system: You are a helpful assistant.
user:
Analyze the provided spectrum to determine if it is a **White Dwarf (WD)**.

A White Dwarf spectrum is defined by its **extreme purity** (due to gravitational settling) and/or **extreme pressure broadening** (due to high surface gravity). You must check for one of the following mutually exclusive signatures:

- **Key Visual Indicators (Check for ONE of these types):**

    - **1. DA-Type Signature (Most Common):**
        - **(Primary Feature):** Extreme pressure broadening (Stark broadening) of the **Hydrogen (H) Balmer lines**.
        - **(Key Lines):** $H\beta$ (approx. $4861$ Å) and $H\gamma$ (approx. $4340$ Å). $H\alpha$ (approx. $6563$ Å) will also be present if the wavelength range covers it.
        - **(Line Profile):** This is the **defining feature**. The lines are **NOT** sharp. They appear as massive, **extremely broad and deep "troughs" or "dips"** in the spectrum, often hundreds of Ångströms wide. The continuum will appear to "scoop" down at these wavelengths.
        - **(Distinction):** Normal A-type or B-type stars have *narrow* and *sharp* Hydrogen lines. A DA White Dwarf's lines are unmistakably "smeared" or "blurry" from pressure.

    - **2. DB-Type Signature:**
        - **(Primary Feature):** Broad absorption lines from **Neutral Helium (He I)**. The spectrum must lack any visible Hydrogen lines.
        - **(Key Lines):** Look for broad absorption near $4471$ Å, $4921$ Å, and $5876$ Å.
        - **(Line Profile):** These lines are also significantly pressure-broadened, appearing much wider than they would in a normal B-type main-sequence star.

    - **3. DC-Type Signature:**
        - **(Primary Feature):** A **featureless continuous spectrum**.
        - **(Line Profile):** The spectrum is a smooth curve with **no significant absorption or emission lines**.
        - **(Key Confirmation):** The continuum is almost always **blue or white**, indicating a hot object. This signature implies the atmosphere is so pure (or so cool) that no spectral lines are visible in the optical range. Its WD identity is confirmed by its extremely low intrinsic brightness (high absolute magnitude).

    - **4. DZ-Type Signature (Metal-Polluted):**
        - **(Primary Feature):** **Isolated, narrow metal absorption lines** on an otherwise featureless (DC-like) continuum.
        - **(Key Lines):** The **Calcium (Ca II) H & K doublet** (approx. **$3934$ Å** and **$3968$ Å**) is the most common and defining feature.
        - **(Line Profile):** These lines are "out of place." They are *not* part of a "forest" of thousands of lines. This signature is evidence of recent *accretion* (pollution) from rocky debris.
        - **(Distinction):** Normal G/K/M stars have a *dense forest* of thousands of metal lines. A DZ has a *clean* continuum with *only a few* strong metal lines.

    - **5. DQ-Type Signature (Carbon-Polluted):**
        - **(Primary Feature):** Absorption bands from **Carbon (C₂ "Swan Bands" or atomic C I)**.
        - **(Key Lines - C₂):** Look for bandheads with a "saw-tooth" shape near $5635$ Å, **$5165$ Å** (strongest), and $4737$ Å.
        - **(Key Confirmation):** The underlying **continuum must be blue or white** (hot).
        - **(Distinction):** This is the critical difference from a **Carbon Star**, which has the *exact same* C₂ bands but on an extremely **red, cool** continuum.

- **(Overall Spectrum):**
    - The continuum (overall shape) is typically **blue-sloping** (brighter in the blue than the red), as most white dwarfs are very hot.
    - The spectrum will look "pure" or "simple," dominated by only *one* of the five signatures listed above.

Think first, call **spectral_visualization_tool** if needed to examine features in detail, then provide your final answer. Your response must adhere to the following strict rules:
1.  **Overall Structure:** Your response must follow the format `<think>...</think> <tool_call>...</tool_call> (if a tool is used) <answer>...</answer>`.
2.  **Tool Usage Constraint:** You may only make **one** tool call per turn.
3.  **Final Answer Format:** In the `<answer>` tag, your conclusion must be inside a `\boxed{}` command (e.g., `\boxed{YES}` or `\boxed{NO}`), followed by your justification.

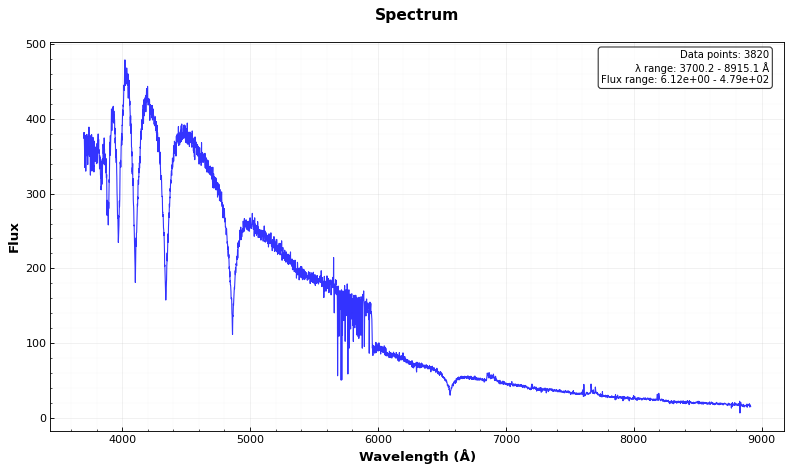
Answer: YES